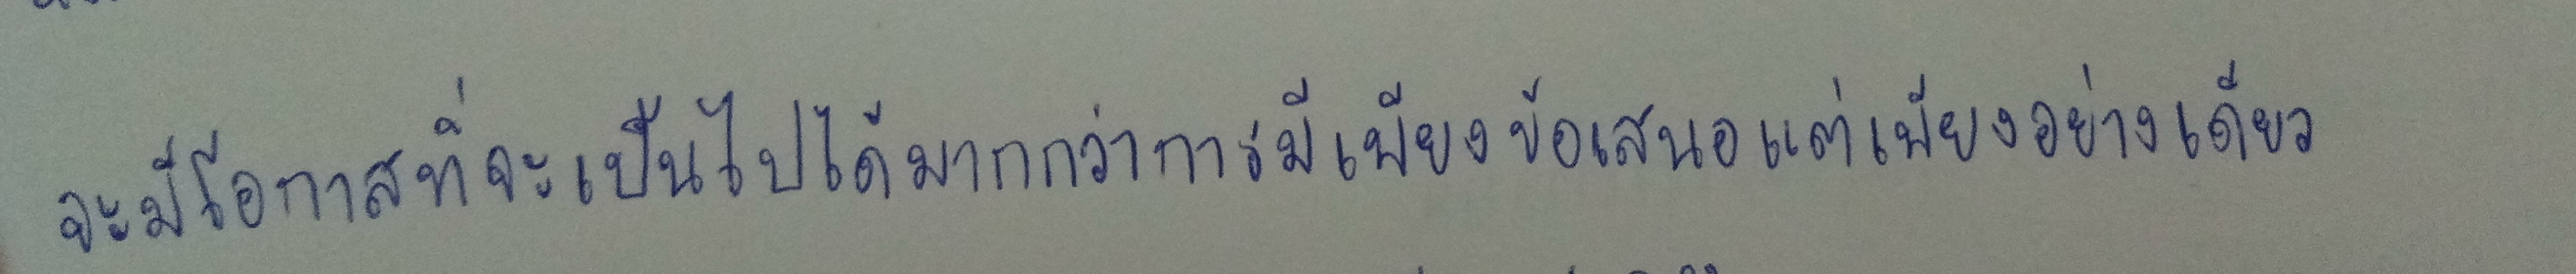
จะมีโอกาสที่จะเป็นไปได้มากกว่าการมีเพียงข้อเสนอแต่เพียงอย่างเดียว